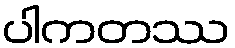
ပါကတဿ